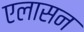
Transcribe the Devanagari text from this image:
एलासन